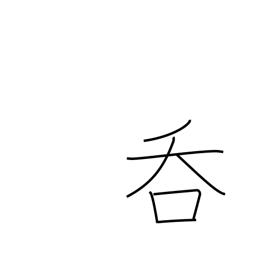
Meaning: drink